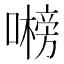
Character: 𭋞